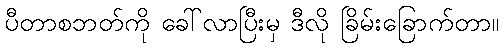
ပီတာစဘတ်ကို ခေါ်လာပြီးမှ ဒီလို ခြိမ်းခြောက်တာ။